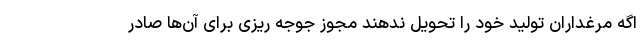
اگه مرغداران تولید خود را تحویل ندهند مجوز جوجه ریزی برای آن‌ها صادر